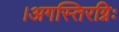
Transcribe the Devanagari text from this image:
।अगस्तिरग्निः